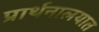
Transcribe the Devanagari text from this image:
प्रार्थनालयात